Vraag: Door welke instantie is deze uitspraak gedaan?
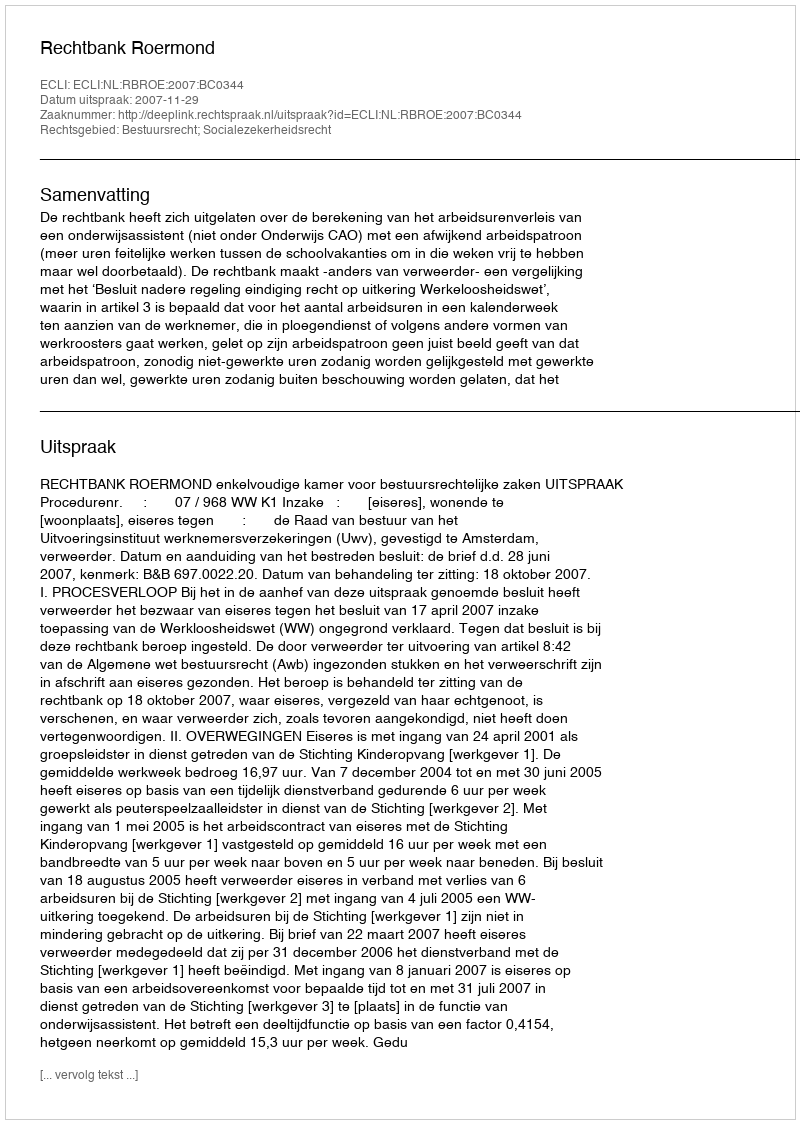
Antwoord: Rechtbank Roermond